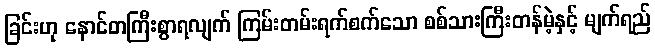
ခြင်းဟု နောင်တကြီးစွာရလျက် ကြမ်းတမ်းရက်စက်သော စစ်သားကြီးတန်မဲ့နှင့် မျက်ရည်